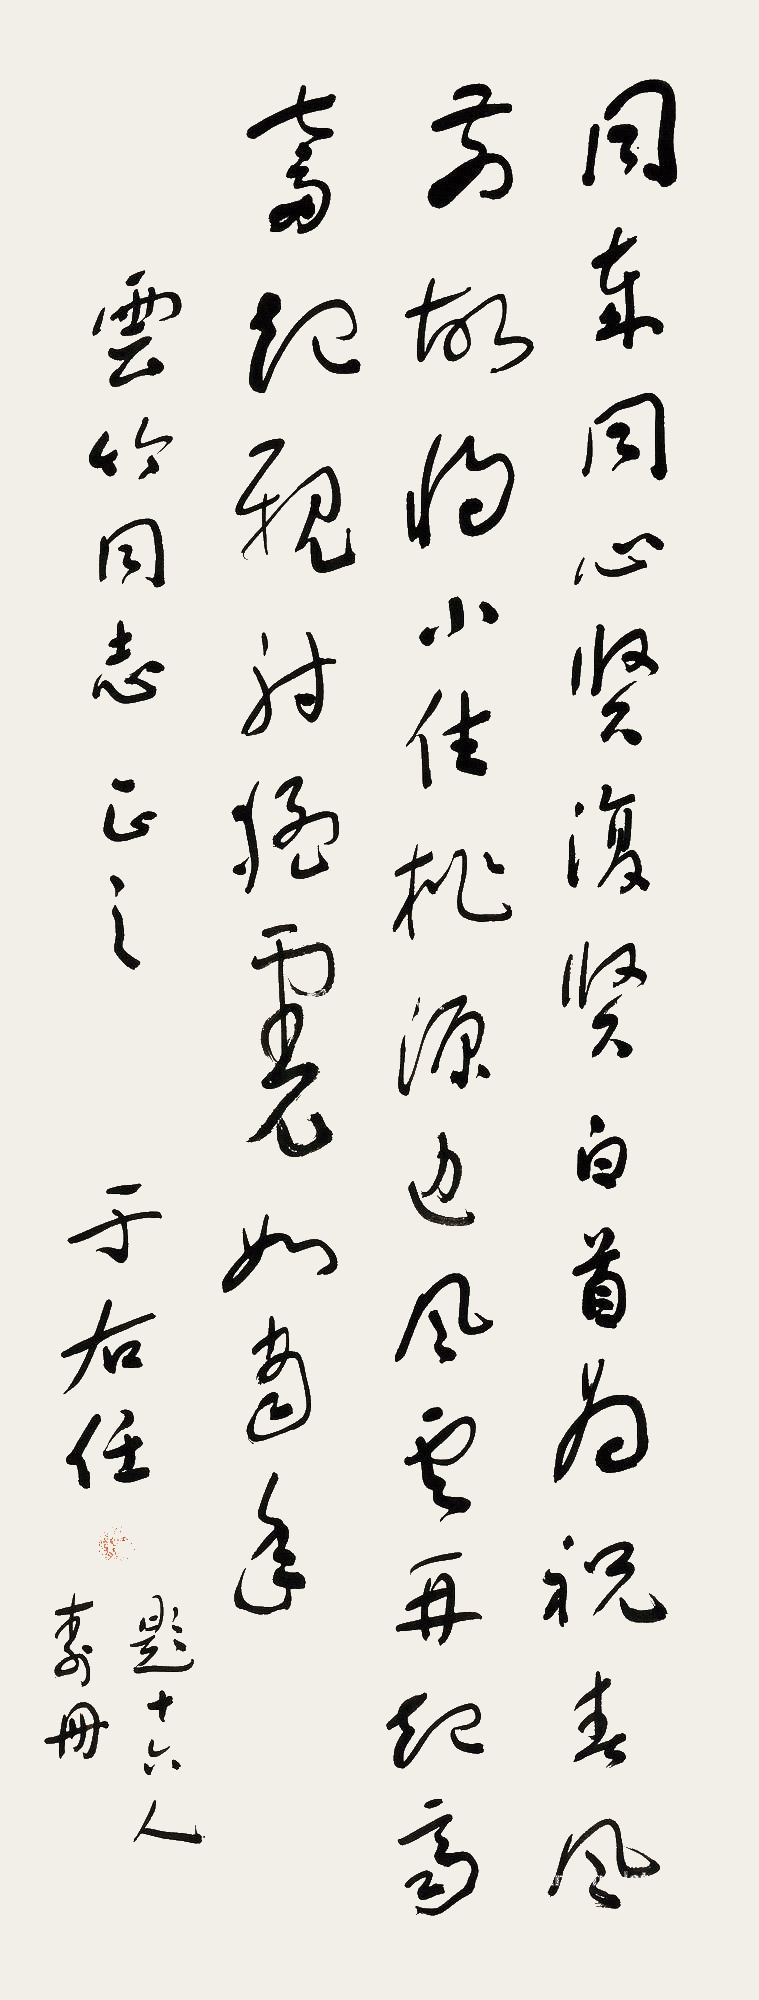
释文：同岁同心贤复贤，白首为祝春风前，故将小醉桃园边，风云再起同奋起，亲射猛虎如当年。题十六人寿册。云竹同志正之，于右任。